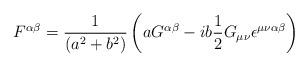
LaTeX: \begin{align*}F^{\alpha\beta}=\frac{1}{\left( a^{2}+b^{2}\right) }\left(aG^{\alpha\beta}-ib\frac{1}{2}G_{\mu\nu}\epsilon^{\mu\nu\alpha\beta}\right) \end{align*}